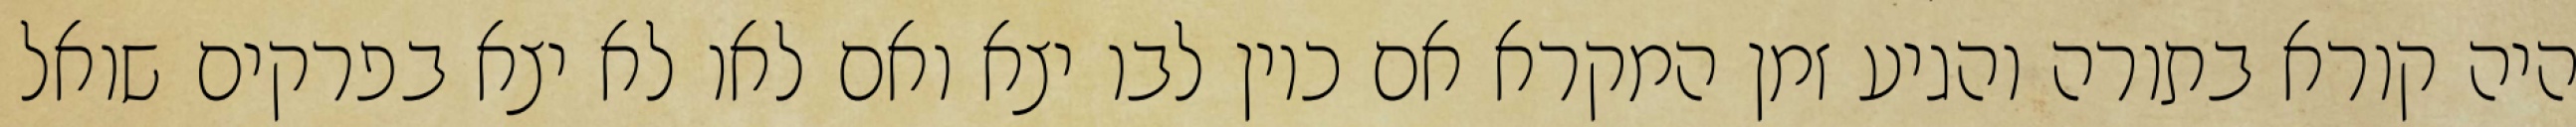
היה קורא בתורה והגיע זמן המקרא אם כיון לבו יצא ואם לאו לא יצא בפרקים שואל